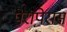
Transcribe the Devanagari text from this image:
पेरापेरास